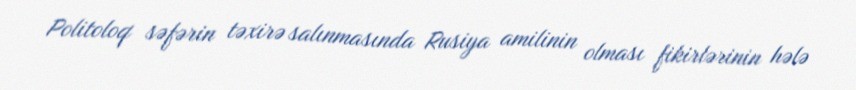
Politoloq səfərin təxirə salınmasında Rusiya amilinin olması fikirlərinin hələ